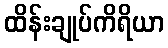
ထိန်းချုပ်ကိရိယာ